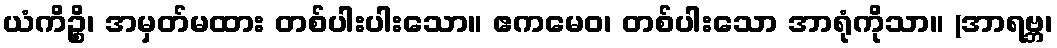
ယံကိဉ္စိ၊ အမှတ်မထား တစ်ပါးပါးသော။ ဧကမေဝ၊ တစ်ပါးသော အာရုံကိုသာ။ (အာရဗ္ဘ၊